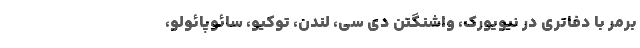
برمر با دفاتری در نیویورک، واشنگتن دی سی، لندن، توکیو، سائوپائولو،